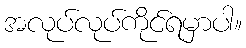
အလုပ်လုပ်ကိုင်ရမှာပါ။